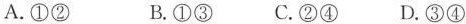
A.①② B.①③ C.②④ D.③④